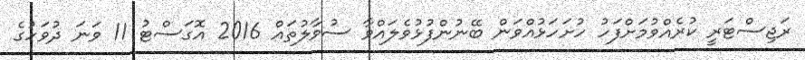
ރަޖިސްޓަރީ ކުރެއްވުމަށްފަހު ހުށަހަޅުއްވަން ބޭނުންފުޅުވެލައްވާ ސުވާލުތައް 2016 އޮގަސްޓު 11 ވަނަ ދުވަހުގެ